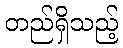
တည်ရှိသည့်